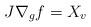
LaTeX: \begin{align*}J\nabla_gf=X_v\end{align*}